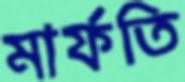
মার্ফতি